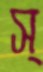
স্